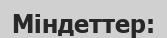
Міндеттер: